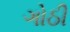
ગોઠી